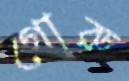
গোরু